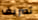
تصريف